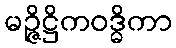
မဉ္ဇိဋ္ဌိကဝဒ္ဓိကာ